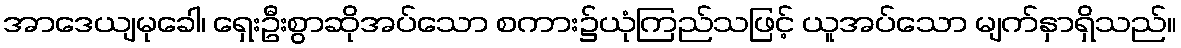
အာဒေယျမုခေါ၊ ရှေးဦးစွာဆိုအပ်သော စကား၌ယုံကြည်သဖြင့် ယူအပ်သော မျက်နှာရှိသည်။